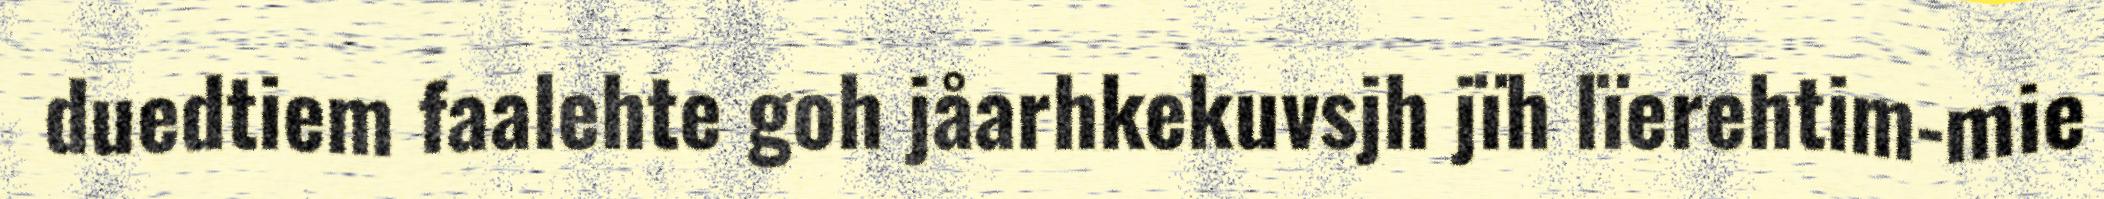
duedtiem faalehte goh jåarhkekuvsjh jïh lïerehtim-mie